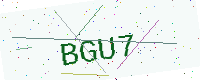
Text: BGU7